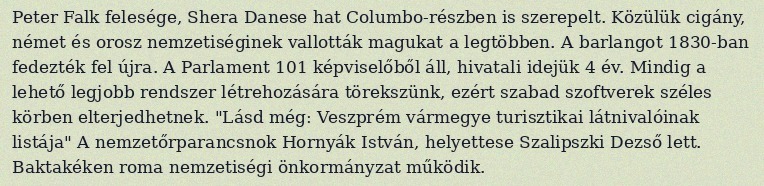
Peter Falk felesége, Shera Danese hat Columbo-részben is szerepelt. Közülük cigány, német és orosz nemzetiséginek vallották magukat a legtöbben. A barlangot 1830-ban fedezték fel újra. A Parlament 101 képviselőből áll, hivatali idejük 4 év. Mindig a lehető legjobb rendszer létrehozására törekszünk, ezért szabad szoftverek széles körben elterjedhetnek. "Lásd még: Veszprém vármegye turisztikai látnivalóinak listája" A nemzetőrparancsnok Hornyák István, helyettese Szalipszki Dezső lett. Baktakéken roma nemzetiségi önkormányzat működik.